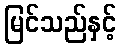
မြင်သည်နှင့်